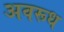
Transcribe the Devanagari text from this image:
अवरूध